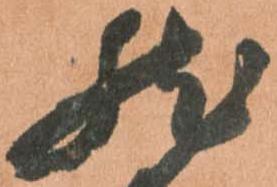
然